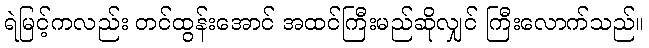
ရဲမြင့်ကလည်း တင်ထွန်းအောင် အထင်ကြီးမည်ဆိုလျှင် ကြီးလောက်သည်။